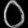
Digit: ၀